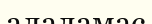
алаламас